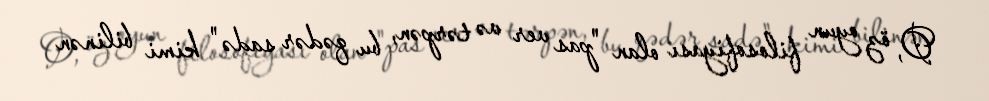
O, öz oyun filosofiyası olan "pas ver və tərpən, bu qədər sadə" kimi bilinən